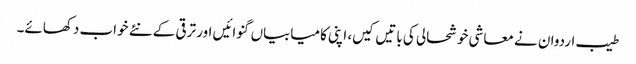
طیب اردوان نے معاشی خوشحالی کی باتیں کیں، اپنی کامیابیاں گنوائیں اور ترقی کے نئے خواب دکھائے۔